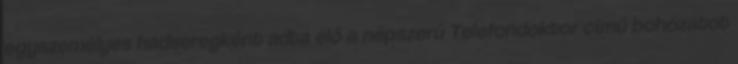
egyszemélyes hadseregként adta elő a népszerű Telefondoktor című bohózatot